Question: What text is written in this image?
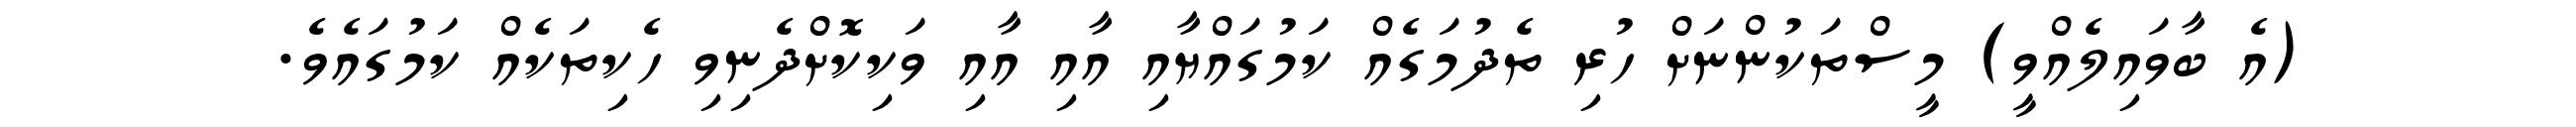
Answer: (އެ ބާވައިލެއްވީ) މީސްތަކުންނަށް ހުރި ތެދުމަގެއް ކަމުގައްޔާއި އާއި އާއި ވަކިކޮށްދެނިވި ހެކިތަކެއް ކަމުގައެވެ.